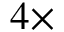
4 \times